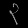
Digit: ၃